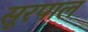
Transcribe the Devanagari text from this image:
सूरपाल